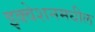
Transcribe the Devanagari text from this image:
इक्वेशनमधील